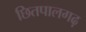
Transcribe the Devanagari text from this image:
छितपालगढ़